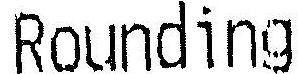
ROUNDING